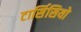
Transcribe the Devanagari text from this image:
टार्सिसियो